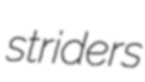
striders